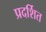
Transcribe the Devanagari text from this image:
प्रदर्शित